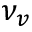
\nu _ { v }